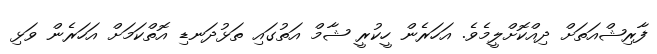
ފާރިޝްއަތަށް ދިއްކޮށްލީމެވެ. އަހަރެން ހީކުރީ ޝާމް އަތުގައި ތަޅުދަނޑި އޮތްކަމަށް އަހަރެން ވަޅި